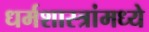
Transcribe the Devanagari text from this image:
धर्मशास्त्रांमध्ये